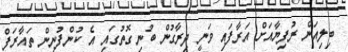
ބިލިއަން ރުފިޔާއަށް އަރާފައި ވަނީ ދިރާގުން ބުނި ގޮތުގައި އެ ކުންފުނިން ތައާރަފް